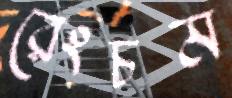
রেংচম